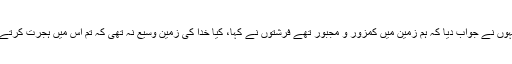
انہوں نے جواب دیا کہ ہم زمین میں کمزور و مجبور تھے فرشتوں نے کہا، کیا خدا کی زمین وسیع نہ تھی کہ تم اس میں ہجرت کرتے؟